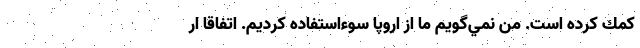
كمك كرده است. من نمي‌گويم ما از اروپا سوءاستفاده كرديم. اتفاقا ار